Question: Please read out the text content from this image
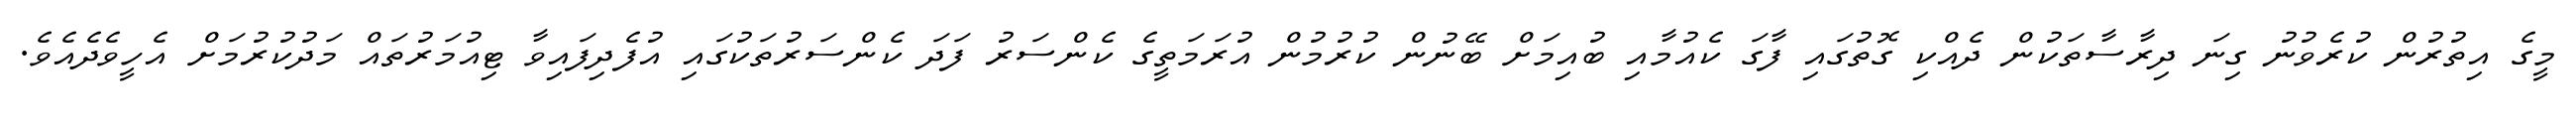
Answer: މީގެ އިތުރުން ކުރެވުނު ގިނަ ދިރާސާތަކުން ދެއްކި ގޮތުގައި ފާގަ ކެއުމާއި ބުއިމަށް ބޭނުން ކުރުމުން އުރަމަތީގެ ކެންސަރު ފަދަ ކެންސަރުތަކުގައި އުފެދިފައިވާ ޓިއުމަރުތައް މަދުކުރުމަށް އެހީވެދެއެވެ.